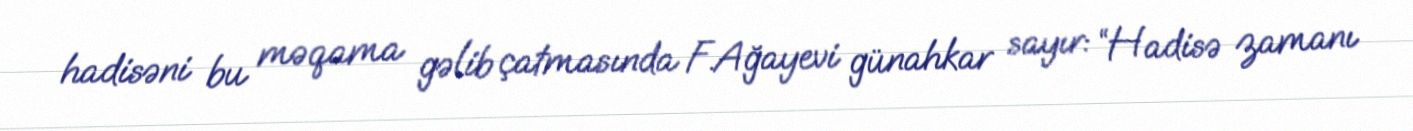
hadisəni bu məqama gəlib çatmasında F.Ağayevi günahkar sayır: “Hadisə zamanı